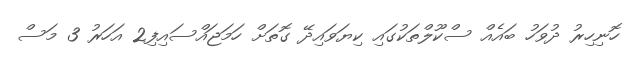
ހޮނިހިރު ދުވަހު ބައެއް ސްކޫލްތަކުގައި ކިޔަވައިދޭ ގޮތަށް ހަމަޖައްސައިފި2 އަހަރު 3 މަސް